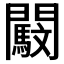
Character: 𨷜